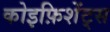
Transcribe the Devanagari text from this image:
कोइफ़िशेंट्स